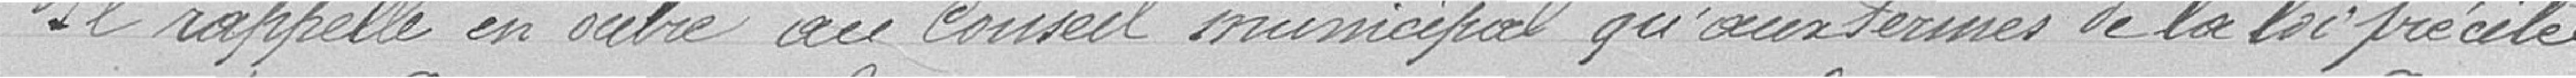
Il rappelle en outre au conseil municipal qu'aux termes de la loi précitée